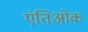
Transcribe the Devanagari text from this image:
एंतिओक